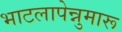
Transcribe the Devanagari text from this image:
भाटलापेन्नुमारू